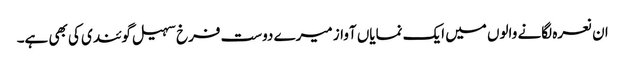
ان نعرہ لگانے والوں میں ایک نمایاں آواز میرے دوست فرخ سہیل گوئندی کی بھی ہے۔